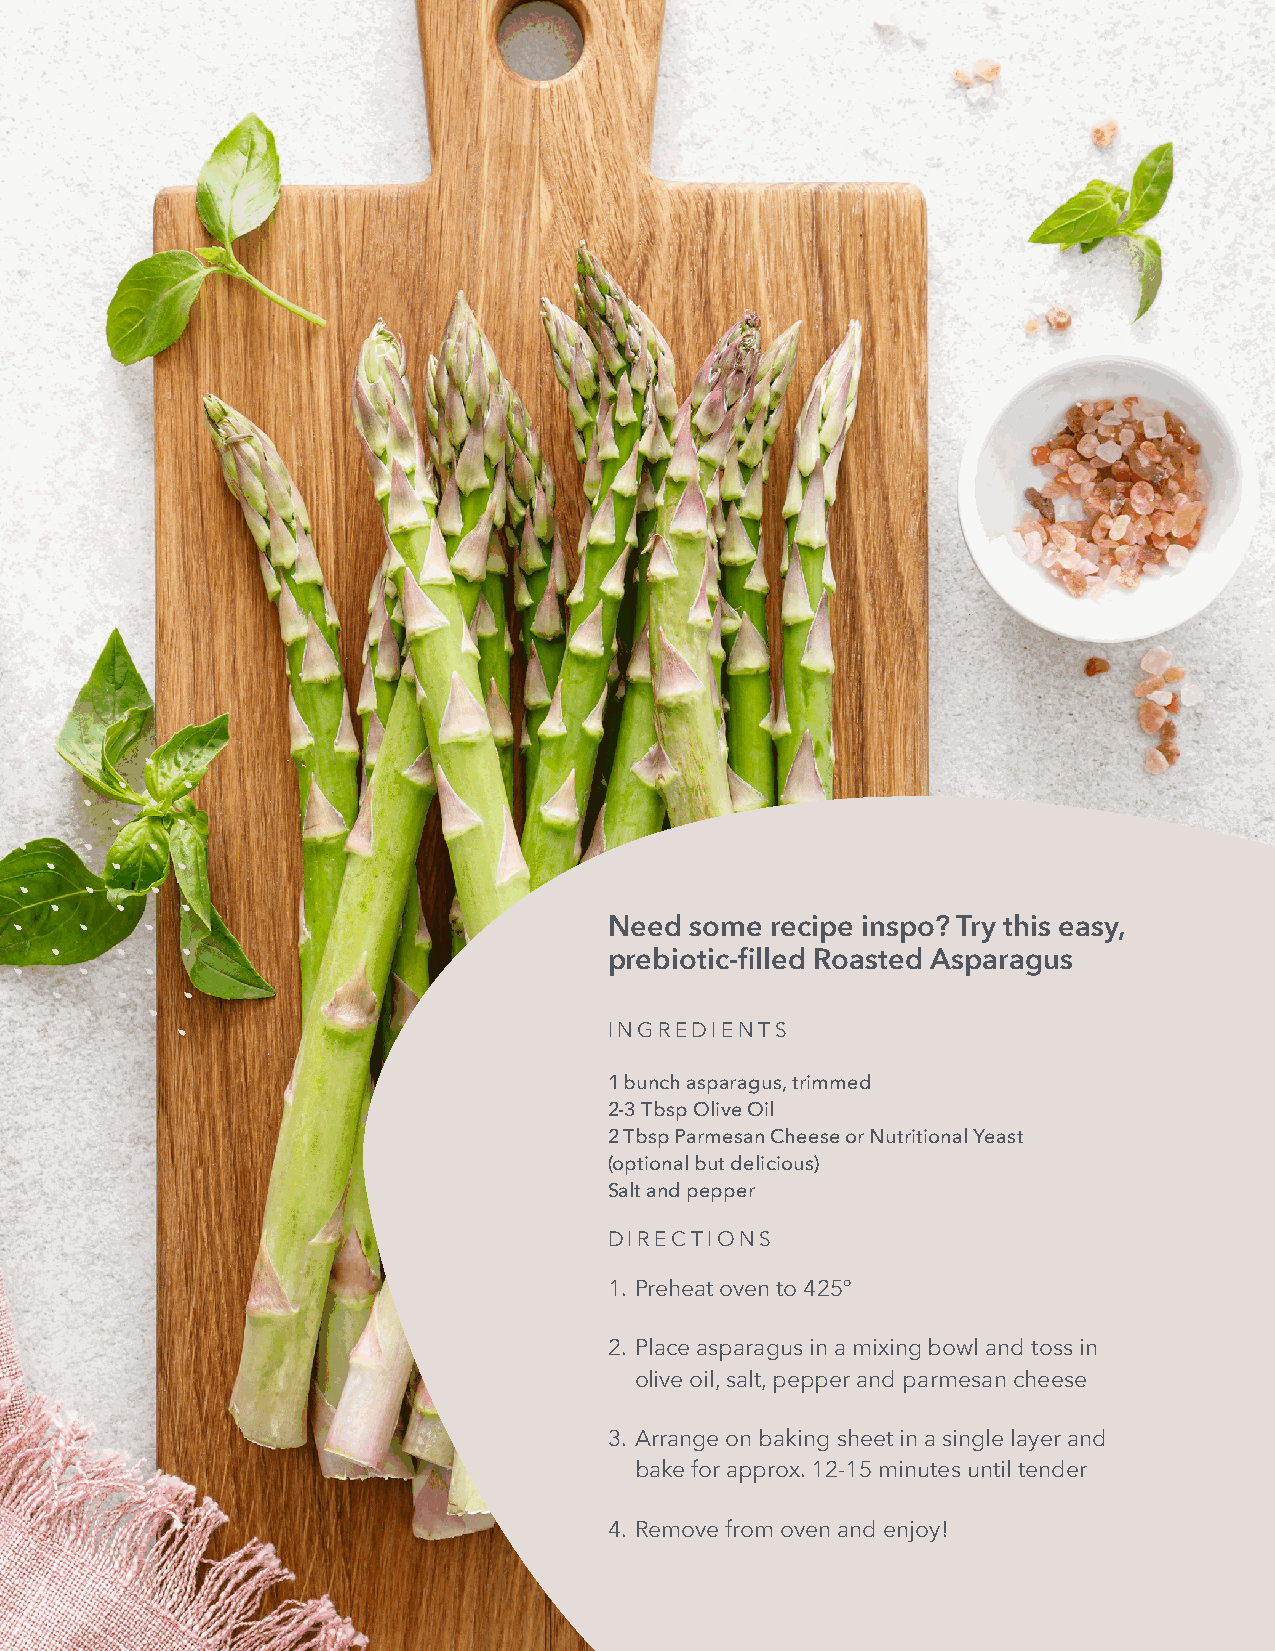
Need  some recipe inspo? Try this easy,
 prebiotic-filled Roasted Asparagus
 INGREDIENTS
 1 bunch asparagus, trimmed
 2-3 Tbsp Olive Oil
 2 Tbsp Parmesan Cheese or Nutritional Yeast
 (optional but delicious)
 Salt and pepper
 DIRECTIONS
 1. Preheat oven to 425º
 2. Place asparagus in a mixing bowl and toss in
 olive oil, salt, pepper and parmesan cheese
 3. Arrange on baking sheet in a single layer and
 bake for approx. 12-15 minutes until tender
 4. Remove from oven and enjoy!